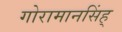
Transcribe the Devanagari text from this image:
गोरामानसिंह्